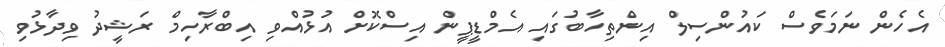
އެހެން ނަމަވެސް ކައުންސިލް އިންތިހާބުގައި އެމްޑީޕީން އިސްކޮށް އުޅުއްވި އިބްރާހިމް ރަޝީދު ވިދާޅުވި